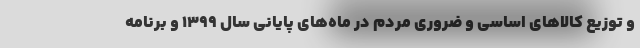
و توزیع کالاهای اساسی و ضروری مردم در ماه‌های پایانی سال ۱۳۹۹ و برنامه